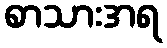
စာသားအရ